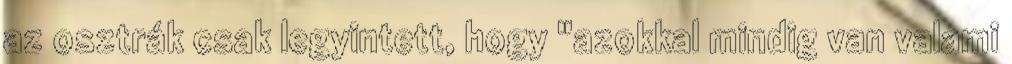
az osztrák csak legyintett, hogy "azokkal mindig van valami